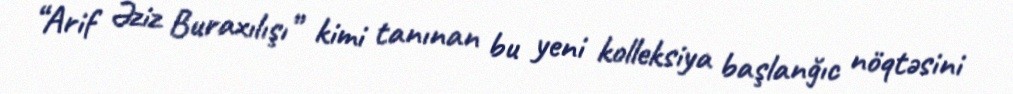
“Arif Əziz Buraxılışı” kimi tanınan bu yeni kolleksiya başlanğıc nöqtəsini